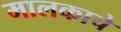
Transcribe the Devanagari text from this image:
मालकाचे